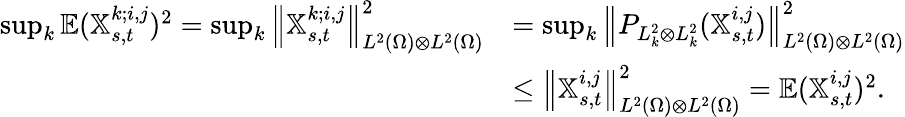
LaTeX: \begin{array}{rl}{\operatorname*{sup}_{k}\mathbb{E}(\mathbb{X}_{s,t}^{k;i,j})^{2}=\operatorname*{sup}_{k}{\left\lVert{\mathbb{X}_{s,t}^{k;i,j}}\right\rVert}_{L^{2}(\Omega)\otimes L^{2}(\Omega)}^{2}}&{=\operatorname*{sup}_{k}{\left\lVert{P_{L_{k}^{2}\otimes L_{k}^{2}}(\mathbb{X}_{s,t}^{i,j})}\right\rVert}_{L^{2}(\Omega)\otimes L^{2}(\Omega)}^{2}}\\ &{\leq{\left\lVert{\mathbb{X}_{s,t}^{i,j}}\right\rVert}_{L^{2}(\Omega)\otimes L^{2}(\Omega)}^{2}=\mathbb{E}(\mathbb{X}_{s,t}^{i,j})^{2}.}\end{array}